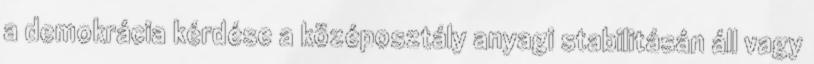
a demokrácia kérdése a középosztály anyagi stabilitásán áll vagy